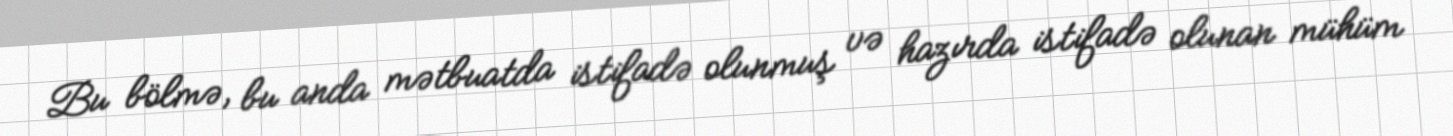
Bu bölmə, bu anda mətbuatda istifadə olunmuş və hazırda istifadə olunan mühüm